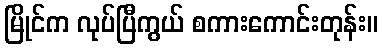
မြိုင်က လုပ်ပြီကွယ် စကားကောင်းတုန်း။